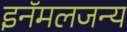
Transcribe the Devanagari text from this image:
इनॅमलजन्य